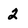
Character: 2